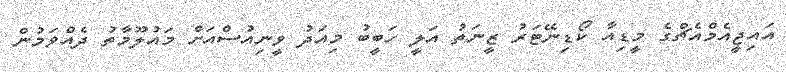
އައިޖީއެމްއެޗްގެ މީޑިއާ ކޯޑިނޭޓަރު ޒީނަތު އަލީ ހަބީބު މިއަދު ވީނިއުސްއަށް މައުލޫމާތު ދެއްވަމުން